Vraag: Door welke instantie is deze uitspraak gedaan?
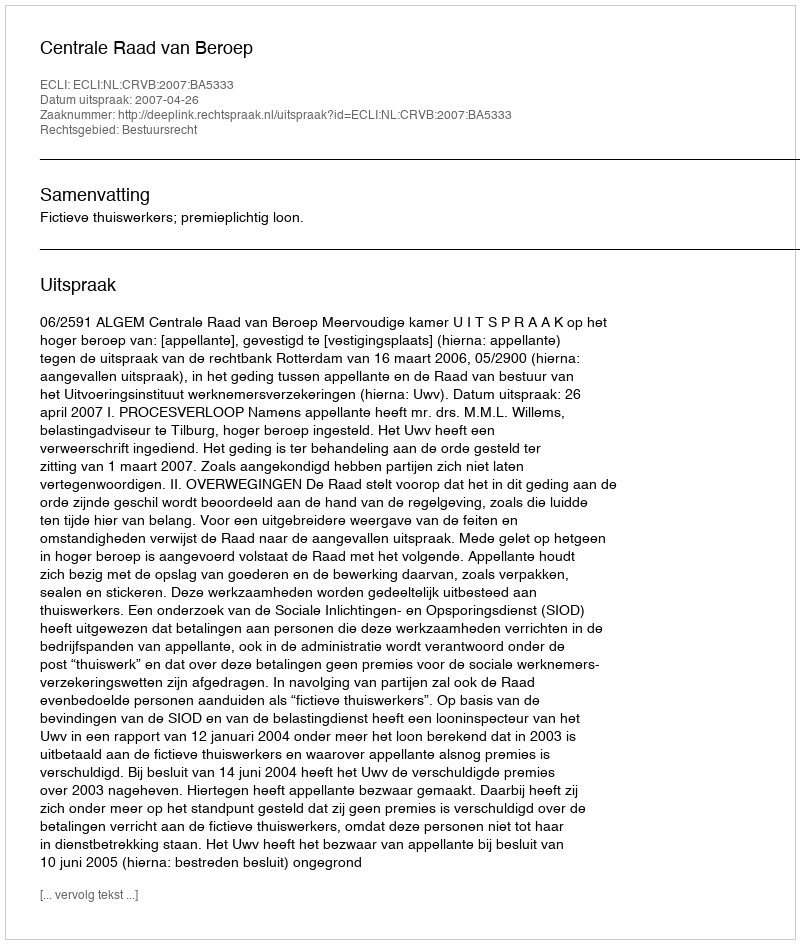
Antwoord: Centrale Raad van Beroep